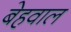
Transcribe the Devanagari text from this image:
बेहवाल